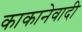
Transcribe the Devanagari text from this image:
काकानेवादी